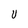
Character: U